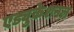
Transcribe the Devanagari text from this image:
एड्युकेशनल